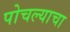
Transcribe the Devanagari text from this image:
पोचल्याचा